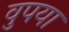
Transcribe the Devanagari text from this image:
वुपया